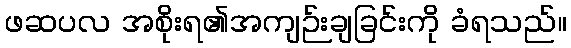
ဖဆပလ အစိုးရ၏အကျဉ်းချခြင်းကို ခံရသည်။